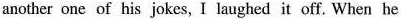
another one of his jokes, I laughed it off. When he